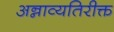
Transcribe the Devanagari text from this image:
अन्नाव्यतिरीक्त